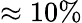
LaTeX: \approx 10\%